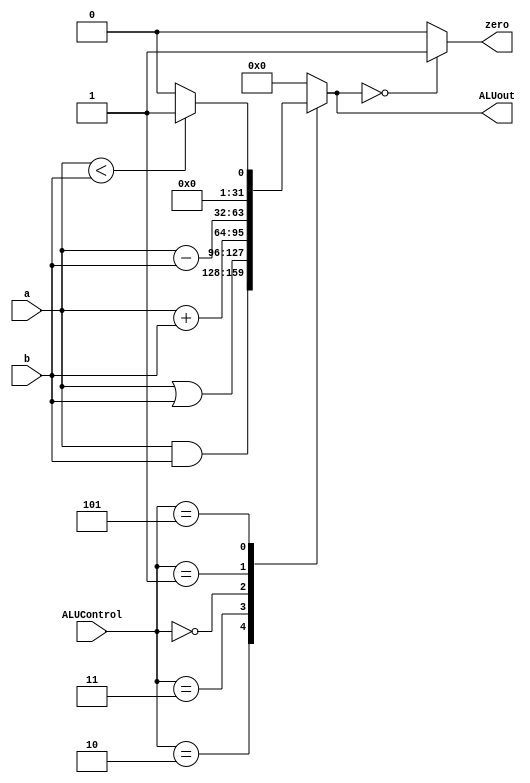
module ALU (zero,ALUout,a,b,ALUControl);
	
	output reg zero;
	output reg signed [31:0] ALUout;
	input [2:0] ALUControl;
	input [31:0] a,b;
	
	always @(*) 
	begin
		case (ALUControl)
		3'b010 : ALUout = a & b;   //bitwise and 
		3'b011 : ALUout = a | b;   //bitwise or
		3'b000 : ALUout = a + b;   //addition
		3'b001 : ALUout = a - b;   //subtraction
		3'b101 : ALUout = (a<b)? 1:0;   //compare
		//5 : ALUout = ~(a | b); 
		default : ALUout = 0;
		endcase
		
		if (ALUout == 0)
			zero = 1;
		else 
			zero = 0;
	end
endmodule